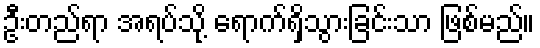
ဦးတည်ရာ အရပ်သို့ ရောက်ရှိသွားခြင်းသာ ဖြစ်မည်။